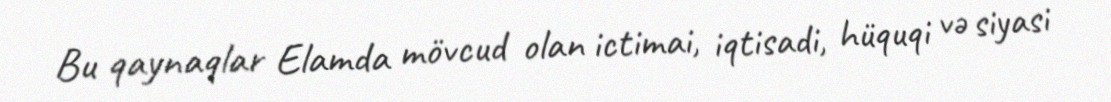
Bu qaynaqlar Elamda mövcud olan ictimai, iqtisadi, hüquqi və siyasi